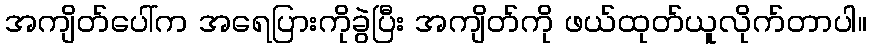
အကျိတ်ပေါ်က အရေပြားကိုခွဲပြီး အကျိတ်ကို ဖယ်ထုတ်ယူလိုက်တာပါ။